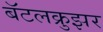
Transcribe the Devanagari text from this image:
बॅटलक्रुझर